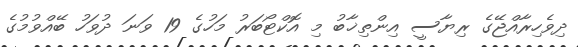
ދިވެހިރާއްޖޭގެ ރިޔާސީ އިންތިޚާބު މި އޮކްޓޯބަރު މަހުގެ 19 ވަނަ ދުވަހު ބޭއްވުމުގެ